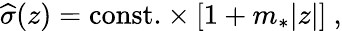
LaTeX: {\widehat\sigma}(z)=\mathrm{const.}\times\left[1+m_{*}|z|\right]~,